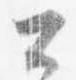
公